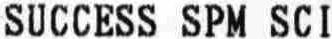
SUCCESS SPM SCI